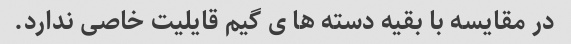
در مقایسه با بقیه دسته ها ی گیم قایلیت خاصی ندارد.